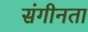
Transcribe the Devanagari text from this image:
संगीनता